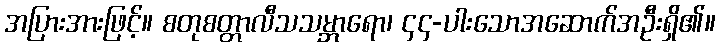
အပြားအားဖြင့်။ စတုစတ္တာလီသသမ္ဘာရော၊ ၄၄-ပါးသောအဆောက်အဦးရှိ၏။